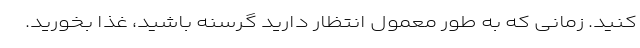
کنید. زمانی که به طور معمول انتظار دارید گرسنه باشید، غذا بخورید.